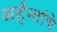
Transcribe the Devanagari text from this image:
अर्हन्तांचे